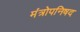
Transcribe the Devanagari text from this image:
मंत्रोपनिषद